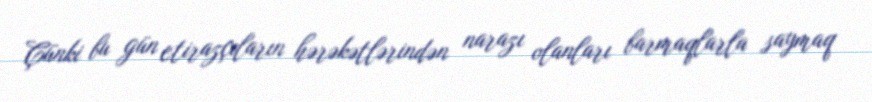
Çünki bu gün etirazçıların hərəkətlərindən narazı olanları barmaqlarla saymaq